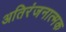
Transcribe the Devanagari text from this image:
अतिरंजनात्मक